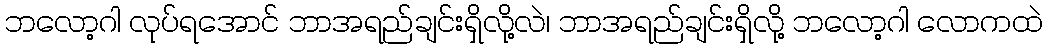
ဘလော့ဂါ လုပ်ရအောင် ဘာအရည်ချင်းရှိလို့လဲ၊ ဘာအရည်ချင်းရှိလို့ ဘလော့ဂါ လောကထဲ